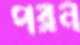
পরন